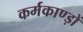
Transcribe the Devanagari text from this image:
कर्मकाण्ड़ों